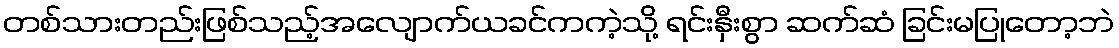
တစ်သားတည်းဖြစ်သည့်အလျောက်ယခင်ကကဲ့သို့ ရင်းနှီးစွာ ဆက်ဆံ ခြင်းမပြုတော့ဘဲ